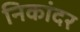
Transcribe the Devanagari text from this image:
निकांदर